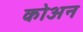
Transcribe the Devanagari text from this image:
कोअन